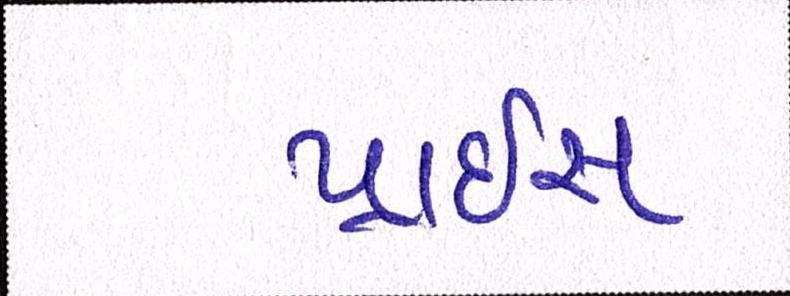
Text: પ્રાઇસ